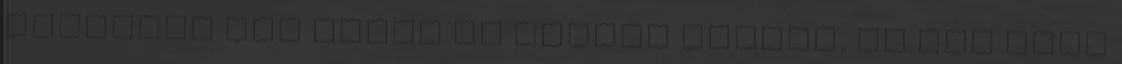
kocsinál még hátul is élmény utazni, és nem csak